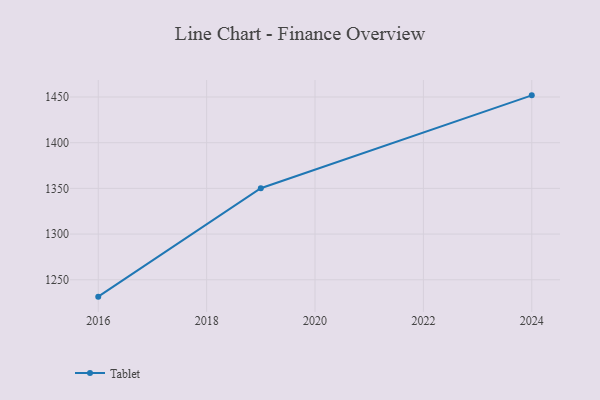
{"axis": {"x": "Year", "y": "Tickets Resolved"}, "legend": ["Tablet"], "data": [{"x": "2024", "y": 1451.8, "type": "Tablet"}, {"x": "2019", "y": 1350.2, "type": "Tablet"}, {"x": "2016", "y": 1231.5, "type": "Tablet"}]}